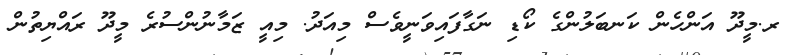
ރ.މީދޫ އަންހެން ކަނބަލުންގެ ކޯޑި ނަގާފައިވަނީވެސް މިއަދު. މިއީ ޒަމާނުންސުރެ މީދޫ ރައްޔިތުން